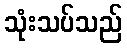
သုံးသပ်သည်